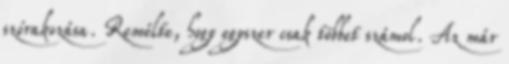
szórakozása. Remélte, hogy egyszer csak többet számol. Az már